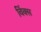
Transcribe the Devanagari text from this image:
विंक्स